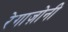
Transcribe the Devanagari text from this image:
रेगाज़ोनी